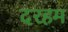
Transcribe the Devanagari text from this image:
दरहम